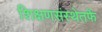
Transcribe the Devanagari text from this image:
शिक्षणसंस्थेतर्फे